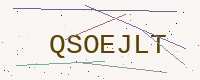
Text: QSOEJLT